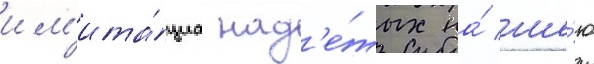
им'ита́циа над'е́тых на́ ше́ю